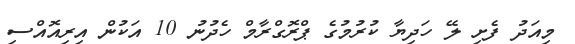
މިއަދު ފެށި ލޭ ހަދިޔާ ކުރުމުގެ ޕްރޮގްރާމް ހެދުނު 10 އަކުން އިރިއޮއްސި